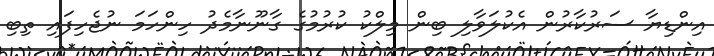
އިންޑިޔާ ސަރުކާރުން އެކުލަވާލި ބިން މިލްކު ކުރުމުގެ ގާނޫނާމެދު ހިންހަމަ ނުޖެހިފައި ތިބި